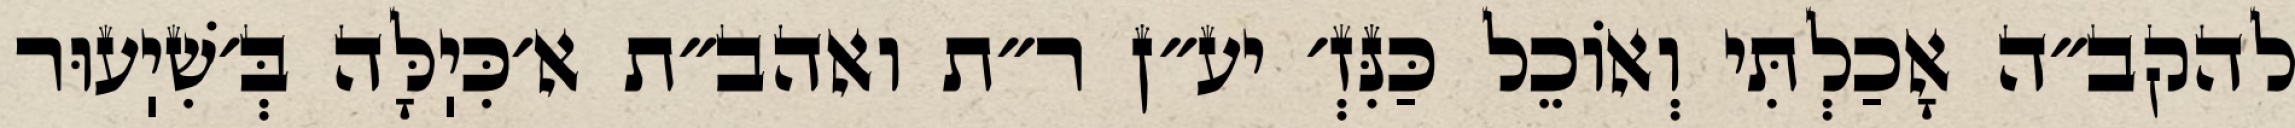
להקב״ה אָכַלְתִּי וְאוֹכֵל כַּנִּזְ׳ יע״ן ר״ת ואהב״ת א׳כִּיֽלָּה בְּ׳שִׁיֽעוּר